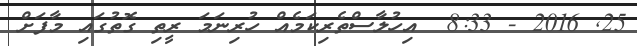
25